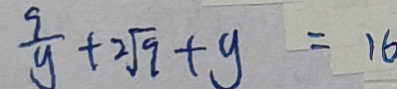
\frac { 9 } { y } + 2 \sqrt { 9 } + y = 1 6